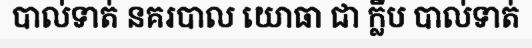
បាល់ទាត់ នគរបាល យោធា ជា ក្លឹប បាល់ទាត់